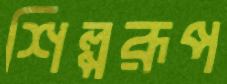
শিল্পরূপ